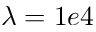
\lambda = 1 e 4